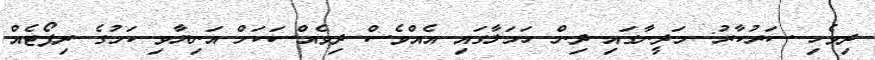
ދިވެހި ސަރުކާރު: މަދީނާގައި ދިން ހަމަލާގައި އެއްވެސް ދިވެއްސަކަށް އަނިޔާވި ކަމުގެ ރިޕޯޓެއް